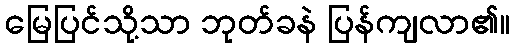
မြေပြင်သို့သာ ဘုတ်ခနဲ ပြန်ကျလာ၏။